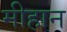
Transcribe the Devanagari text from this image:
मीहान